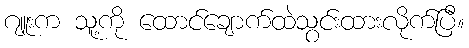
ဂျူးက သူ့ကို ထောင်ချောက်ထဲသွင်းထားလိုက်ပြီ။